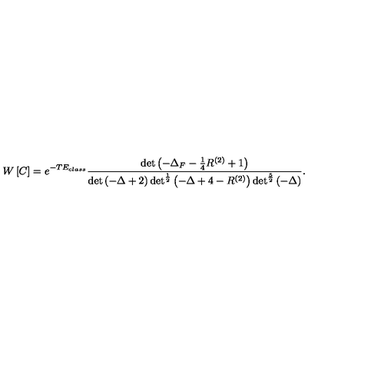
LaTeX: W \left[ C \right] = e ^ { - T E _ { c l a s s } } \frac { \det \left( - \Delta _ { F } - \frac { 1 } { 4 } R ^ { ( 2 ) } + 1 \right) } { \det \left( - \Delta + 2 \right) \det ^ { \frac { 1 } { 2 } } \left( - \Delta + 4 - R ^ { ( 2 ) } \right) \det ^ { \frac { 5 } { 2 } } \left( - \Delta \right) } .